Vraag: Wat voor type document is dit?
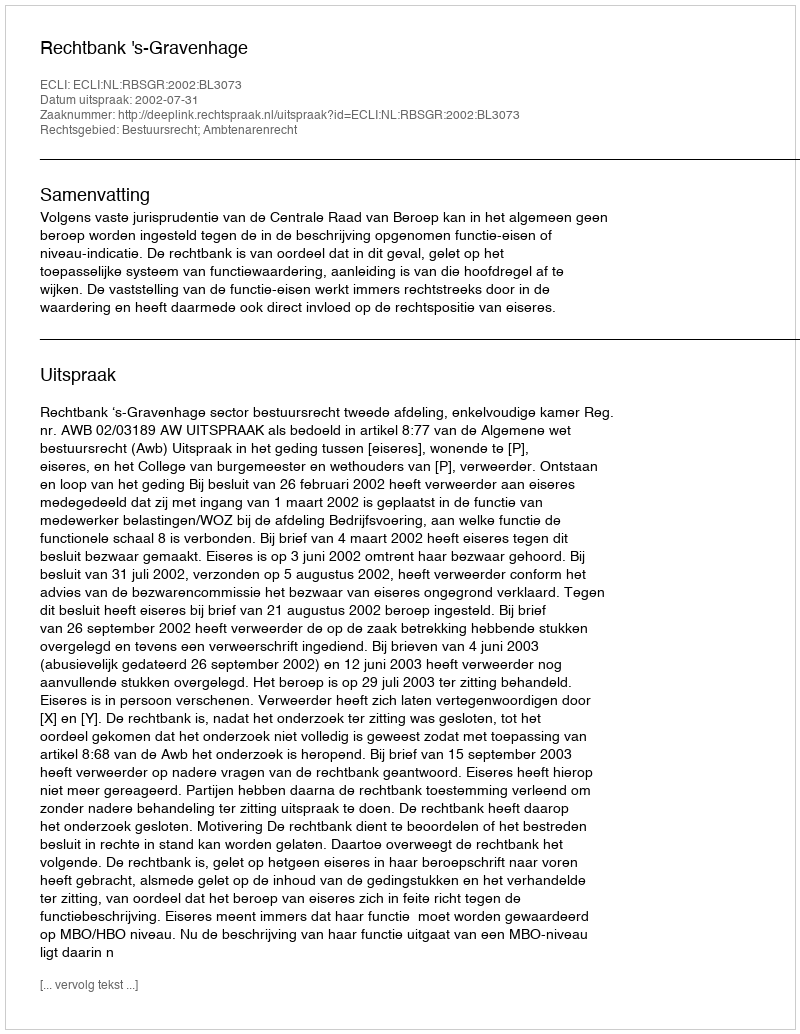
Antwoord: Uitspraak